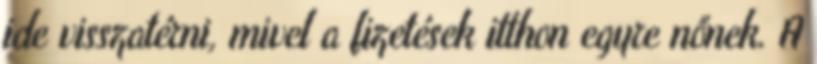
ide visszatérni, mivel a fizetések itthon egyre nőnek. A